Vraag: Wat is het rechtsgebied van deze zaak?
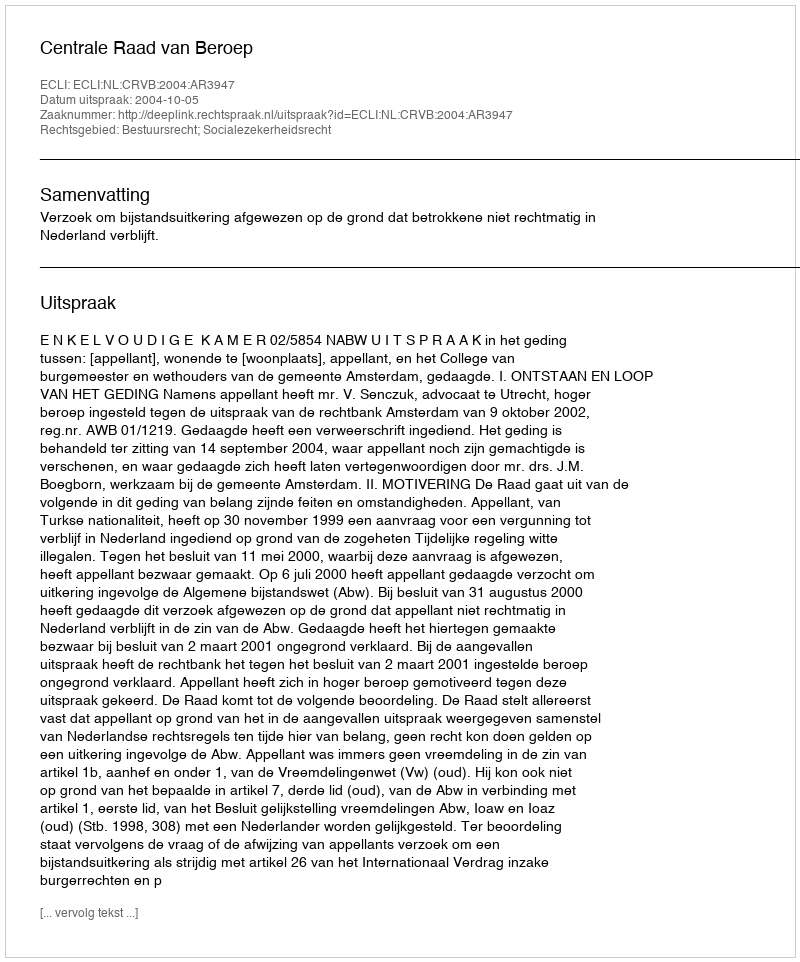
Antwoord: Bestuursrecht; Socialezekerheidsrecht